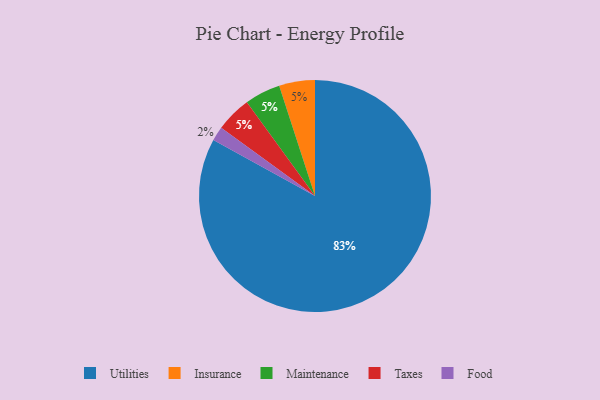
{"axis": {"x": "Category", "y": "Percentage"}, "legend": ["Food", "Insurance", "Maintenance", "Taxes", "Utilities"], "data": [{"x": "Insurance", "y": 5, "type": "Insurance"}, {"x": "Food", "y": 2, "type": "Food"}, {"x": "Maintenance", "y": 5, "type": "Maintenance"}, {"x": "Taxes", "y": 5, "type": "Taxes"}, {"x": "Utilities", "y": 83, "type": "Utilities"}]}